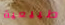
طبيعية